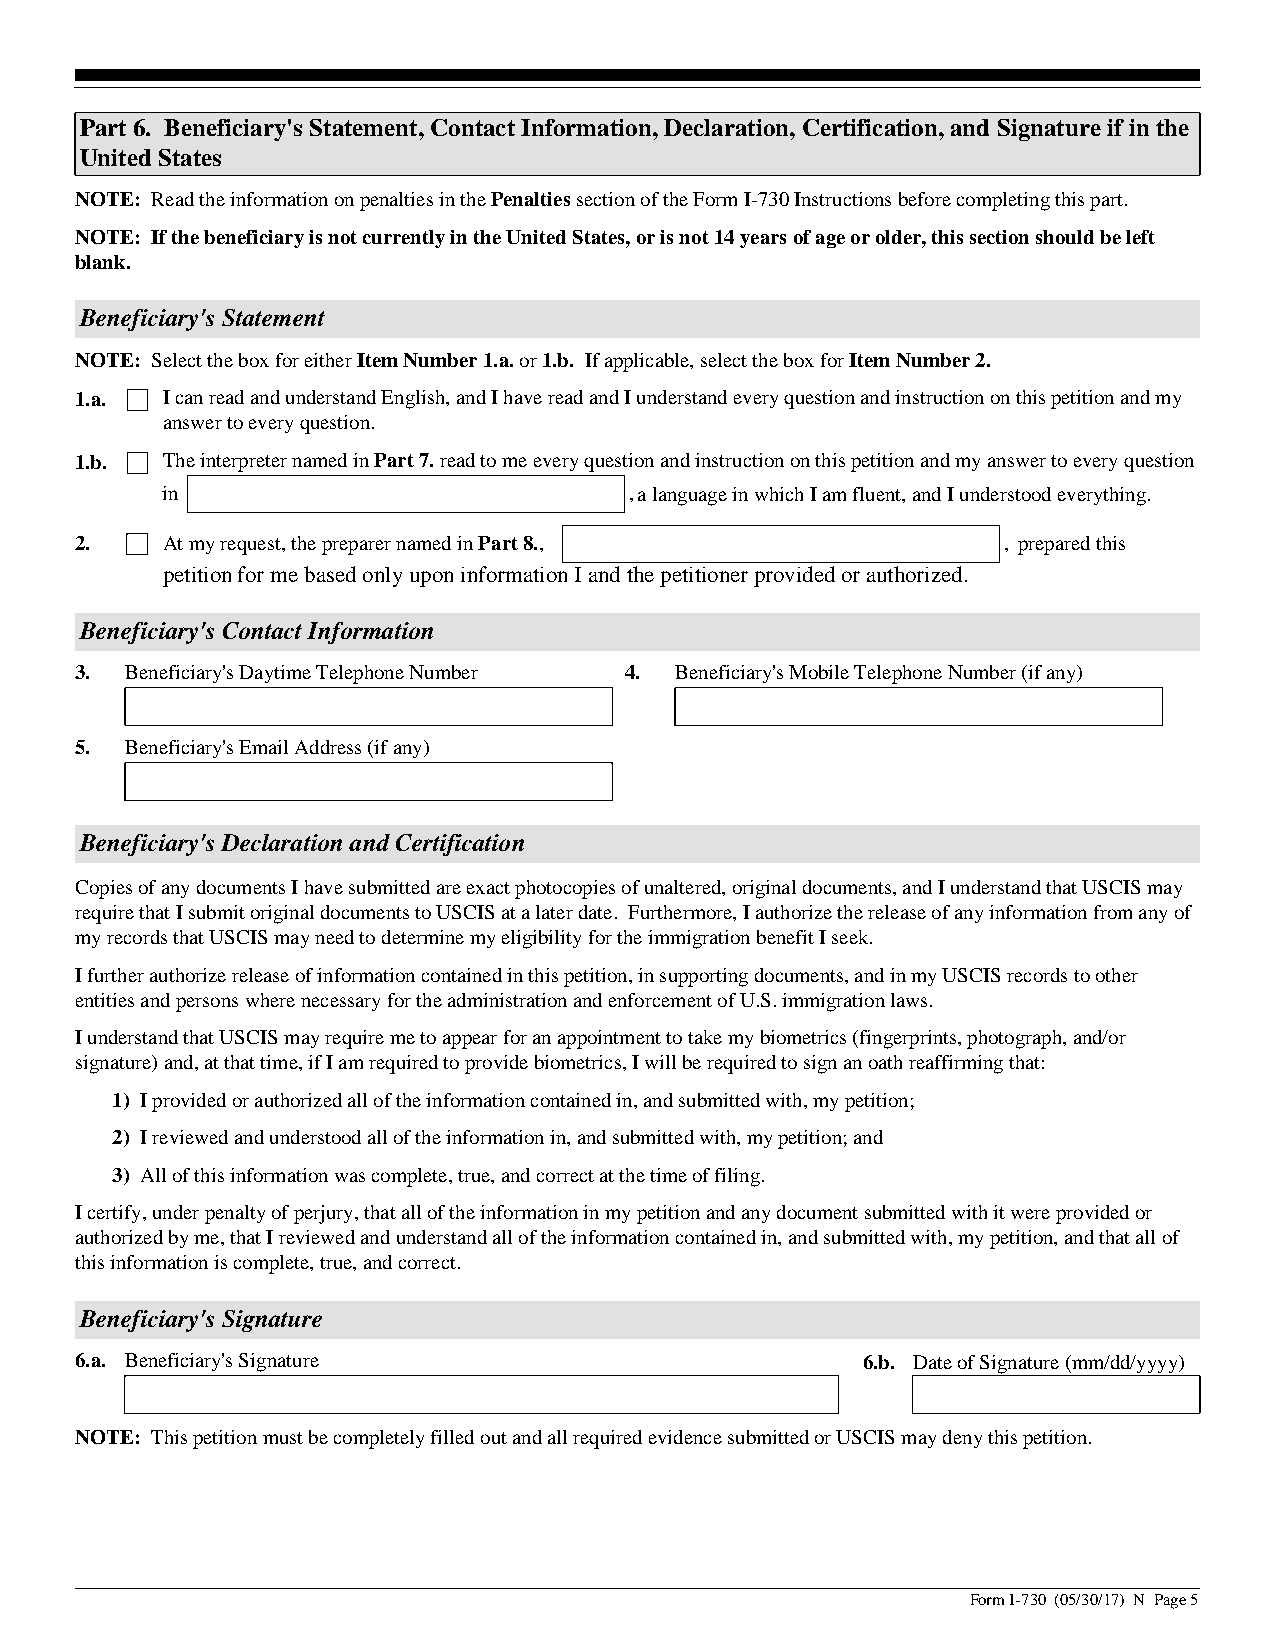
Part 6. Beneficiary's Statement, Contact Information, Declaration, Certification, and Signature if in the
 United States
 NOTE: Read the information on penalties in the Penalties section of the Form I-730 Instructions before completing this part.
 NOTE: If the beneficiary is not currently in the United States, or is not 14 years of age or older, this section should be left
 blank.
 Beneficiary's Statement
 NOTE: Select the box for either Item Number 1.a. or 1.b. If applicable, select the box for Item Number 2.
 1.a.  I can read and understand English, and I have read and I understand every question and instruction on this petition and my
 answer to every question.
 1.b.  The interpreter named in Part 7. read to me every question and instruction on this petition and my answer to every question
 in                             ,a language in which I am fluent, and I understood everything.
 2.    At my request, the preparer named in Part 8.,          , prepared this
 petition for me based only upon information I and the petitioner provided or authorized.
 Beneficiary's Contact Information
 3. Beneficiary's Daytime Telephone Number 4. Beneficiary's Mobile Telephone Number (if any)
 5. Beneficiary's Email Address (if any)
 Beneficiary's Declaration and Certification
 Copies of any documents I have submitted are exact photocopies of unaltered, original documents, and I understand that USCIS may
 require that I submit original documents to USCIS at a later date. Furthermore, I authorize the release of any information from any of
 my records that USCIS may need to determine my eligibility for the immigration benefit I seek.
 I further authorize release of information contained in this petition, in supporting documents, and in my USCIS records to other
 entities and persons where necessary for the administration and enforcement of U.S. immigration laws.
 I understand that USCIS may require me to appear for an appointment to take my biometrics (fingerprints, photograph, and/or
 signature) and, at that time, if I am required to provide biometrics, I will be required to sign an oath reaffirming that:
 1) I provided or authorized all of the information contained in, and submitted with, my petition;
 2) I reviewed and understood all of the information in, and submitted with, my petition; and
 3) All of this information was complete, true, and correct at the time of filing.
 I certify, under penalty of perjury, that all of the information in my petition and any document submitted with it were provided or
 authorized by me, that I reviewed and understand all of the information contained in, and submitted with, my petition, and that all of
 this information is complete, true, and correct.
 Beneficiary's Signature
 6.a. Beneficiary's Signature                        6.b. Date of Signature (mm/dd/yyyy)
 NOTE: This petition must be completely filled out and all required evidence submitted or USCIS may deny this petition.
 Form I-730 (05/30/17) N Page 5